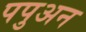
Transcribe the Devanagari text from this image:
पपुअन